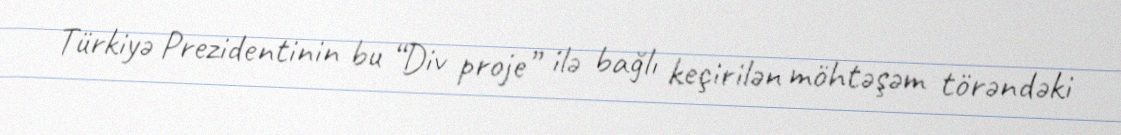
Türkiyə Prezidentinin bu “Div proje” ilə bağlı keçirilən möhtəşəm törəndəki